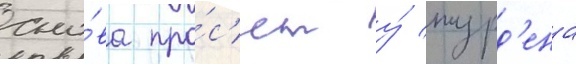
сно́ва про́с'ит у́ журд'ена